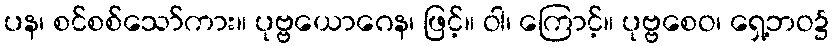
ပန၊ စင်စစ်သော်ကား။ ပုဗ္ဗယောဂေန၊ ဖြင့်။ ဝါ၊ ကြောင့်။ ပုဗ္ဗစေဝ၊ ရှေ့ဘဝ၌